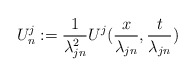
\begin{align*}U^j_n:=\frac{1}{\lambda^2_{jn}}U^j(\frac{x}{\lambda_{jn}},\frac{t}{\lambda_{jn}})\end{align*}